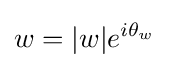
w=|w|e^{i\theta _{w}}